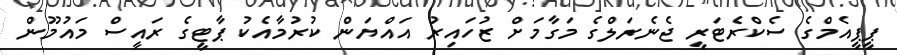
ޕީޕީއެމްގެ ސެކްރެޓަރީ ޖެނެރަލްގެ މަގާމަށް ޒުހައިރު އައްޔަން ކުރުމާއެކު ޕާޓީގެ ރައީސް މައުމޫން